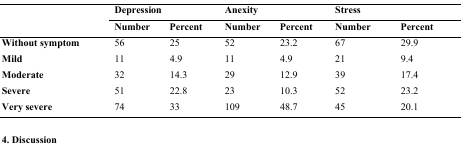
<table><thead><tr><td></td><td colspan="2"><b>Depression</b></td><td colspan="2"><b>Anexity</b></td><td colspan="2"><b>Stress</b></td></tr><tr><td></td><td><b>Number</b></td><td><b>Percent</b></td><td><b>Number</b></td><td><b>Percent</b></td><td><b>Number</b></td><td><b>Percent</b></td></tr></thead><tbody><tr><td><b>Without symptom</b></td><td>56</td><td>25</td><td>52</td><td>23.2</td><td>67</td><td>29.9</td></tr><tr><td><b>Mild</b></td><td>11</td><td>4.9</td><td>11</td><td>4.9</td><td>21</td><td>9.4</td></tr><tr><td><b>Moderate</b></td><td>32</td><td>14.3</td><td>29</td><td>12.9</td><td>39</td><td>17.4</td></tr><tr><td><b>Severe</b></td><td>51</td><td>22.8</td><td>23</td><td>10.3</td><td>52</td><td>23.2</td></tr><tr><td><b>Very severe</b></td><td>74</td><td>33</td><td>109</td><td>48.7</td><td>45</td><td>20.1</td></tr></tbody></table>